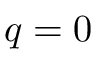
q = 0